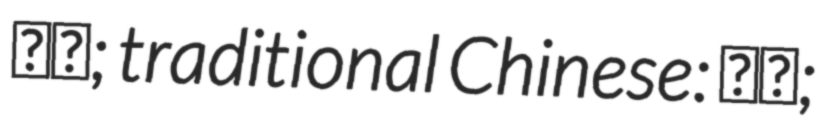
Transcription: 太极; traditional Chinese: 太極;